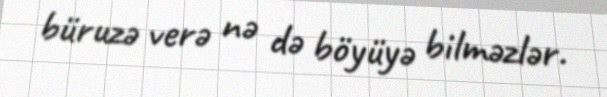
büruzə verə nə də böyüyə bilməzlər.